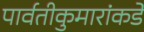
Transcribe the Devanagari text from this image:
पार्वतीकुमारांकडे